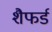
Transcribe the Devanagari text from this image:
शैफर्ड